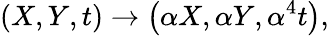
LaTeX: \left(X,Y,t\right)\rightarrow\left(\alpha X,\alpha Y,\alpha^{4}t\right),